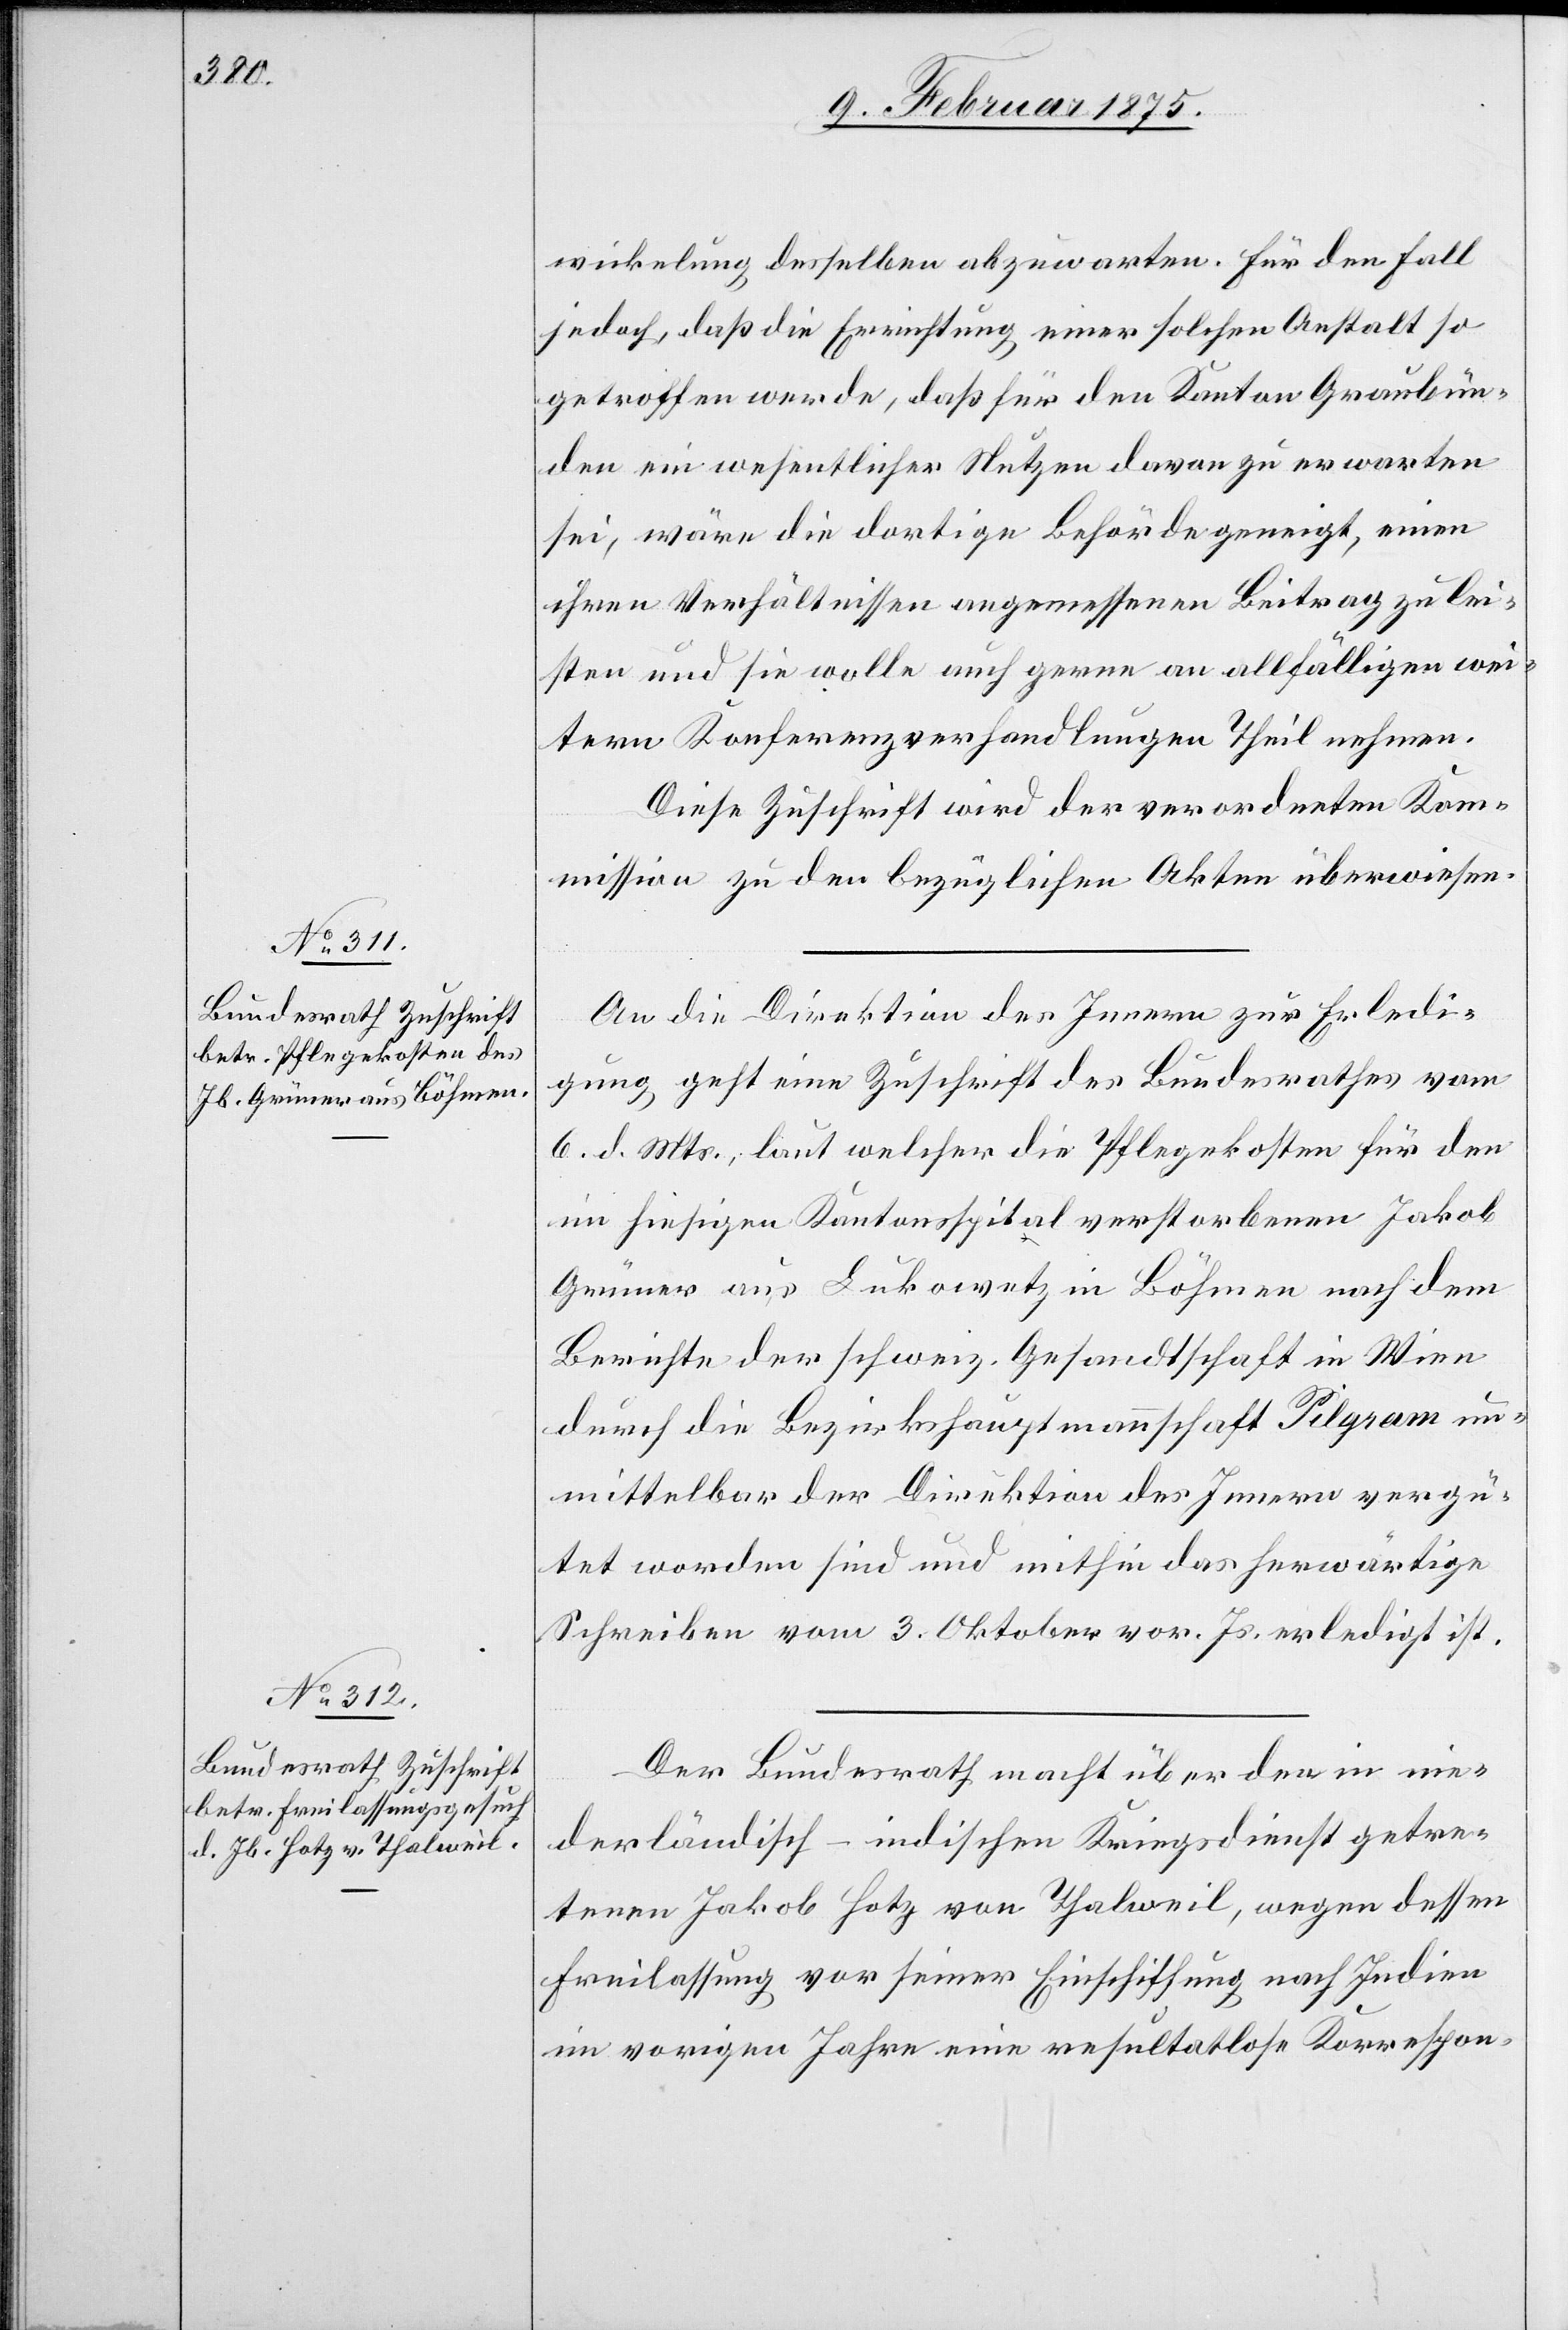
9. Februar 1875.]
wickelung desselben abzuwarten. Für den Fall
jedoch, daß die Errichtung einer solchen Anstalt so
getroffen werde, daß für den Kanton Graubün¬
den ein wesentlicher Nutzen davon zu erwarten
sei, wäre die dortige Behörde geneigt, einen
ihren Verhältnissen angemessenen Beitrag zu lei¬
sten und sie wolle auch gerne an allfälligen wei¬
teren Konferenzverhandlungen Theil nehmen.
Diese Zuschrift wird der verordneten Kom¬
mission zu den bezüglichen Akten überwiesen.
An die Direktion des Innern zur Erledi¬
gung geht eine Zuschrift des Bundesrathes vom
6. d. Mts., laut welcher die Pflegekosten für den
im hiesigen Kantonsspital verstorbenen Jakob
Gründer aus Lukowetz in Böhmen nach dem
Berichte der schweiz. Gesandtschaft in Wien
durch die Bezirkshauptmannschaft Pilgram un¬
mittelbar der Direktion des Innern vergü¬
tet worden sind und mithin das herwärtige
Schreiben vom 3. Oktober vor. Js. erledigt ist.
Der Bundesrath macht über den in nie¬
derländisch-indischen Kriegsdienst getre¬
tenen Jakob Hotz von Thalweil, wegen dessen
Freilassung vor seiner Einschiffung nach Indien
im vorigen Jahre eine resultatlose Korrespon-